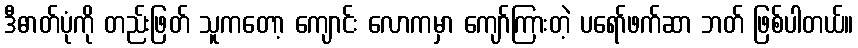
ဒီဓာတ်ပုံကို တည်းဖြတ် သူကတော့ ကျောင်း လောကမှာ ကျော်ကြားတဲ့ ပရော်ဖက်ဆာ ဘတ် ဖြစ်ပါတယ်။